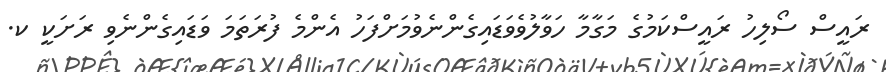
ރައީސް ސޯލިހު ރައީސްކަމުގެ މަގާމާ ހަވާލުވެވަޑައިގެންނެވުމަށްފަހު އެންމެ ފުރަތަމަ ވަޑައިގެންނެވި ރަށަކީ ކ.